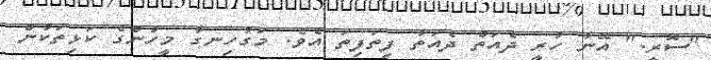
"ސޮރީ." އޭނާ ހުރީ ދެއަތް ދެއަތާ ފިތަފިތަ އެވެ. މަގުހިނގާ މީހުންގެ ކަޅިތަކުން